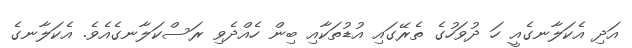
އަދި އެކަލާނގެއީ ހަ ދުވަހުގެ ތެރޭގައި އުޑުތަކާއި ބިން ހެއްދެވި ރަސްކަލާނގެއެވެ. އެކަލާނގެ